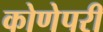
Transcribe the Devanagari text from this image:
कोणेपरी